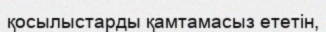
қосылыстарды қамтамасыз ететін,